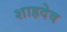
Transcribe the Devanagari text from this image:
शाहदेव